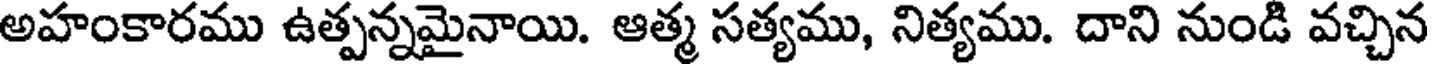
అహంకారము ఉత్పన్నమైనాయి. ఆత్మ సత్యము, నిత్యము. దాని నుండి వచ్చిన